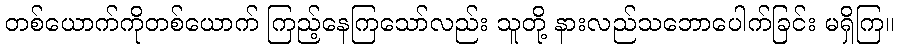
တစ်ယောက်ကိုတစ်ယောက် ကြည့်နေကြသော်လည်း သူတို့ နားလည်သဘောပေါက်ခြင်း မရှိကြ။